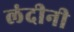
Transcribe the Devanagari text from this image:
लंदीनी